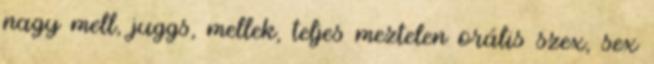
nagy mell, juggs, mellek, teljes meztelen orális szex, sex